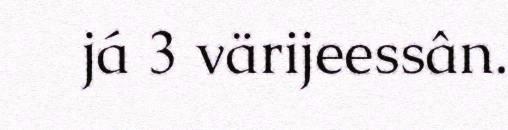
já 3 värijeessân.